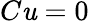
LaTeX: C\mathit{u}=0